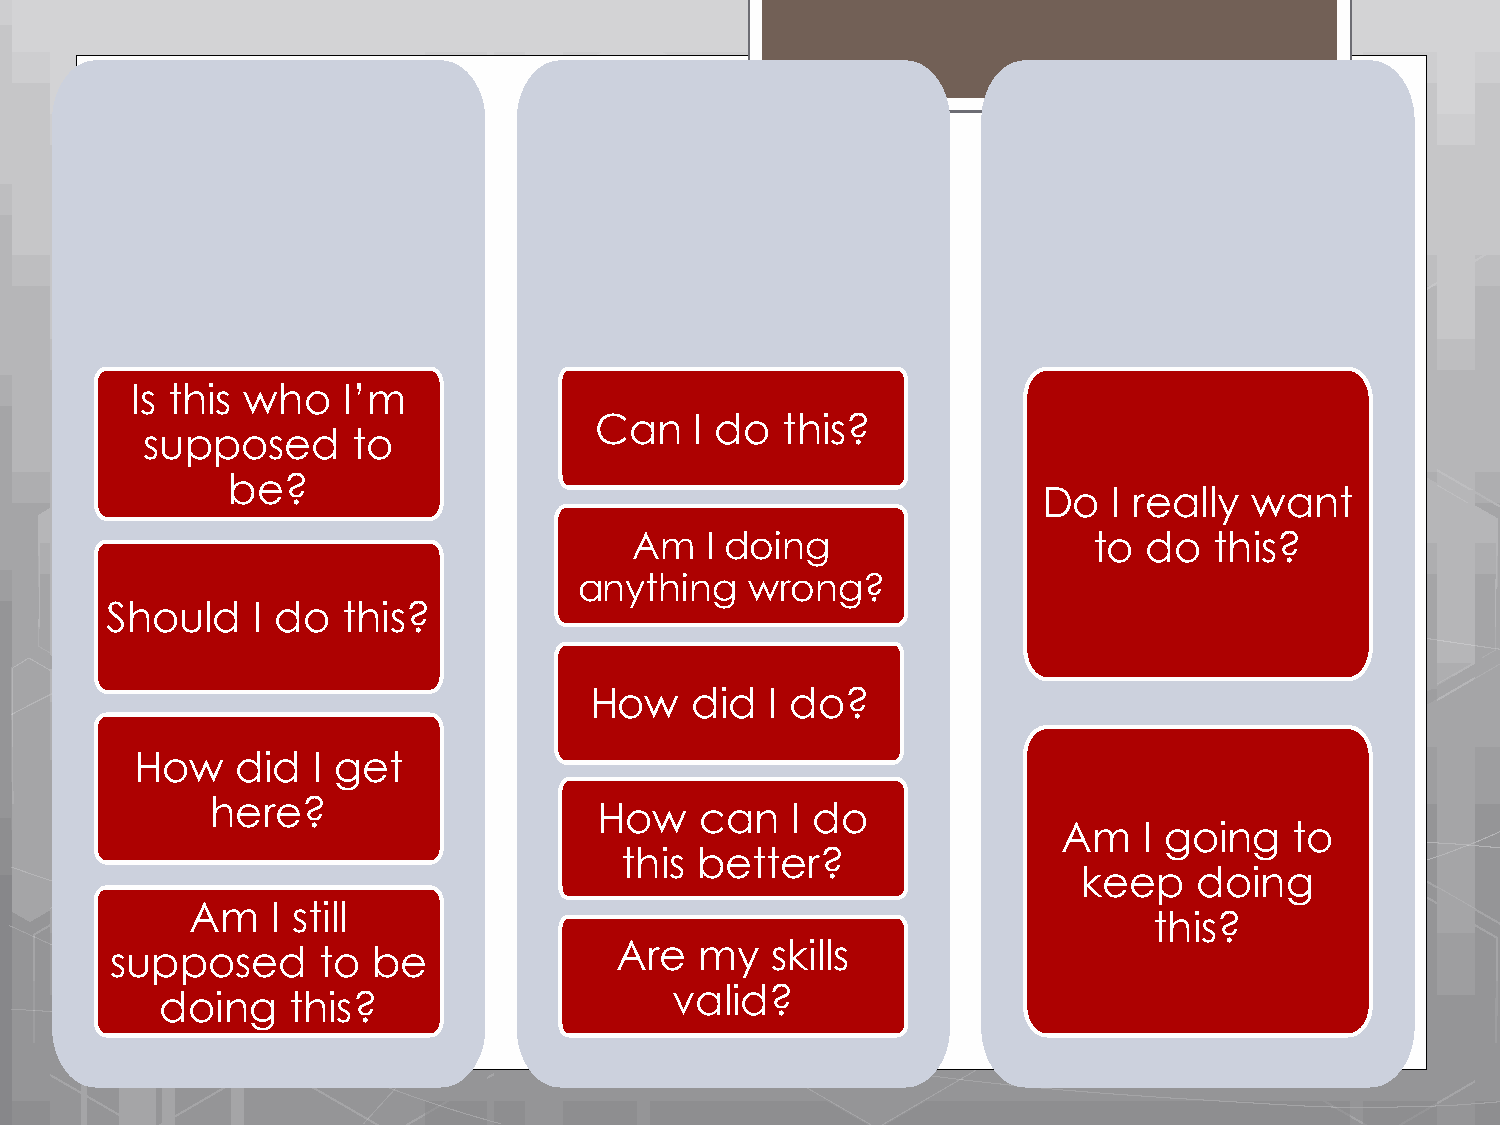
Is this who   I’m
 Can    I do  this?
 supposed      to
 be?
 Do   I really want
 Am   I doing                  to  do  this?
 Skills                  Motivation
 Identity
 anything    wrong?
 Should    I do  this?
 How    did  I do?
 How    did  I get
 here?                     How   can   I do
 Am    I going   to
 this better?
 keep   doing
 Am   I still
 this?
 Are  my   skills
 supposed      to  be
 valid?
 doing   this?